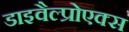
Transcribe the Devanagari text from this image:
डाइवैल्प्रोएक्स